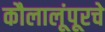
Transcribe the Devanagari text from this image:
कौलालूंपूरचे